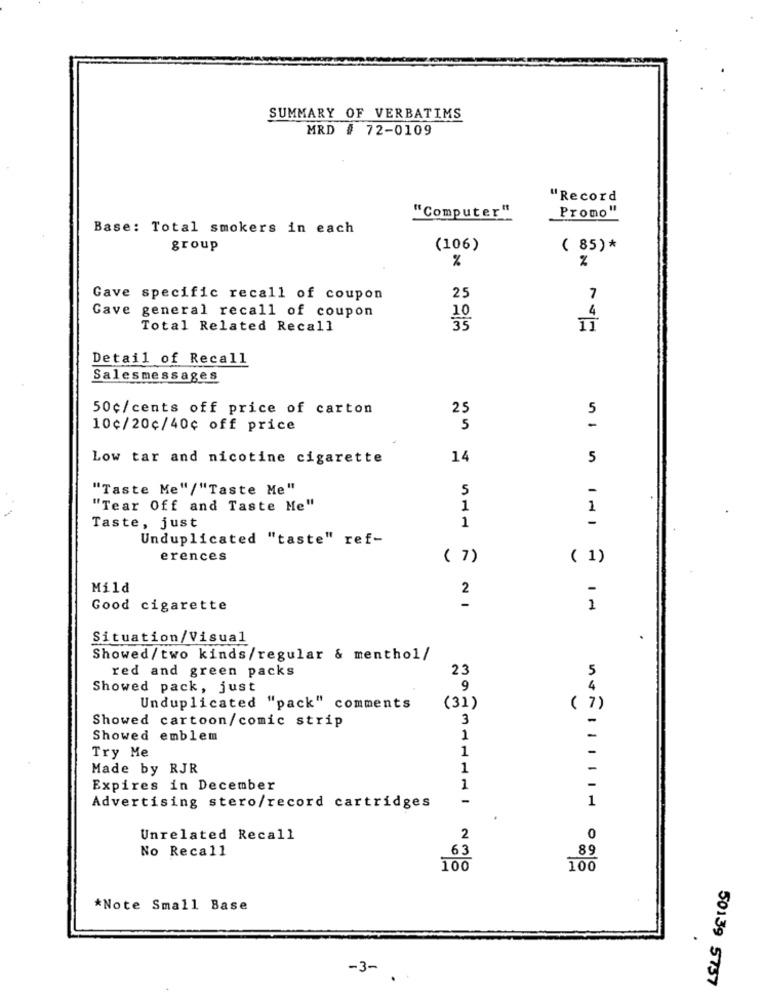
SUMMARY OF VERBATIMS
MRD # 72-0109
"Record
Promo"
"Computer"
Base: Total smokers in each
group
(106)
( 85)*
%
%
Gave specific recall of coupon
25
7
Cave general recall of coupon
4
10
Total Related Recall
11
Detail of Recall
Salesmessages
50¢/cents off price of carton
25
5
10¢/20¢/40¢ off price
5
-
Low tar and nicotine cigarette
14
5
"Taste Me"/"Taste Me"
5
-
"Tear Off and Taste Me"
1
1
1
-
Taste, just
Unduplicated "taste" ref-
erences
( 7)
( 1)
Mild
2
-
Good cigarette
1
Situation/Visual
Showed/two kinds/regular & menthol/
red and green packs
23
5
Showed pack, just
9
4
Unduplicated "pack" comments
(31)
( 7)
1
Showed cartoon/comic strip
3
Showed emblem
1
-
Try Me
1
-
Made by RJR
1
-
Expires in December
1
-
1
Advertising stero/record cartridges
.
Unrelated Recall
2
0
No Recall
63
89
100
100
*Note Small Base
-3-
50139 5757